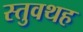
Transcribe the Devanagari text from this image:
स्तुवथह